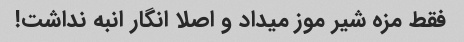
فقط مزه شیر موز میداد و اصلا انگار انبه نداشت!